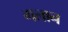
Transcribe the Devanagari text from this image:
गलान